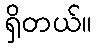
ရှိတယ်။